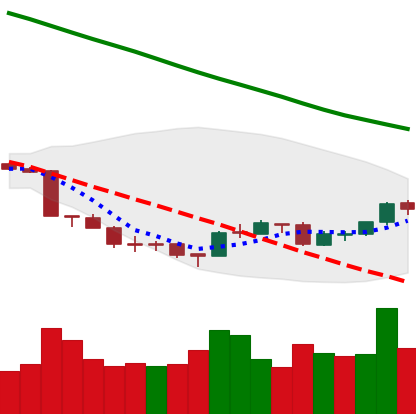
Ticker: ETH-USD
Chart end date: 2018-09-22
Forward return: -4.984%
Label: down_3_5